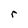
Character: r